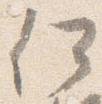
何